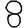
Digit: 8